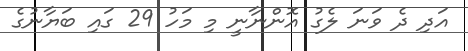
އަދި ދެ ވަނަ ލެގު އޮންނާނީ މި މަހު 29 ގައި ބަޔާނުގެ